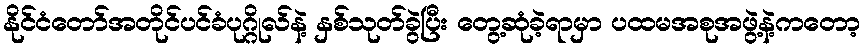
နိုင်ငံတော်အတိုင်ပင်ခံပုဂ္ဂိုလ်နဲ့ နှစ်သုတ်ခွဲပြီး တွေ့ဆုံခဲ့ရာမှာ ပထမအစုအဖွဲ့နဲ့ကတော့